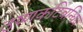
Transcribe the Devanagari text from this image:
उष्णकटिबन्धिय